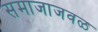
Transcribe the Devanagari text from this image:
समाजाजवळ